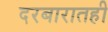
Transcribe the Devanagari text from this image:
दरबारातही